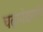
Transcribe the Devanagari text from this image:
चढ़ानेवाली